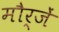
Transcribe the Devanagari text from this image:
मौर्जें